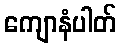
ကျောနံပါတ်